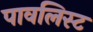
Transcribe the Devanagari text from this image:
पावलिस्ट